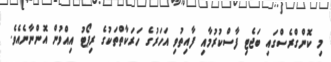
މި ކޮންގްރެސްގައި ބަޖެޓި ފާސްކުރުމާއި ފާއިތުވި އަހަރުގެ ހަރަކާތްތަކުގެ ރިޕޯޓު އިއްވުން އޮންނާނެއެވެ.